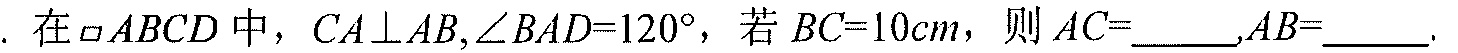
. 在\(\square ABCD\)中，\(CA\perp AB,\angle BAD = 120^{\circ}\)，若\(BC = 10cm\)，则\(AC=\underline{\quad\quad},AB=\underline{\quad\quad}\).